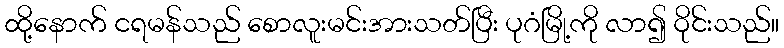
ထို့နောက် ငရမန်သည် စောလူးမင်းအားသတ်ပြီး ပုဂံမြို့ကို လာ၍ ဝိုင်းသည်။